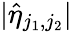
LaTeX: |\hat{\eta}_{j_{1},j_{2}}|